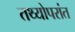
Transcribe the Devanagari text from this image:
तथ्योपरांत